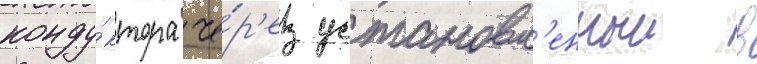
конду́ктора че́р'ез установл'енныи в